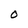
Character: O